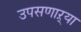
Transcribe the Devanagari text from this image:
उपसणाऱ्या